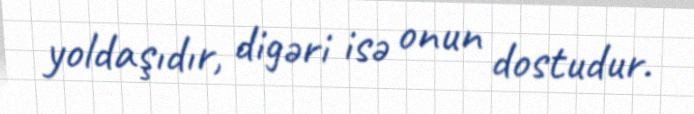
yoldaşıdır, digəri isə onun dostudur.